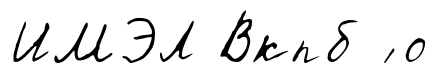
ИМЭЛ Вкпб ́ о